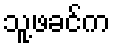
သူ့ဖခင်က